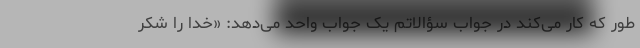
طور که کار می‌کند در جواب سؤالاتم یک جواب واحد می‌دهد: «خدا را شکر